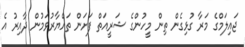
ޖައިލަމްގެ މަރާ ގުޅިގެން ތިން މީހުންގެ ޝަރީއަތް ފަށަން ތައްޔާރުވަމުން ދާއިރު އެ